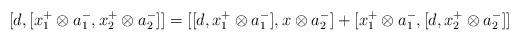
LaTeX: \begin{align*}[d,[x_{1}^{+}\otimes a_{1}^{-},x_{2}^{+}\otimes a_{2}^{-}]]=[[d,x_{1}^{+}\otimes a_{1}^{-}],x\otimes a_{2}^{-}]+[x_{1}^{+}\otimes a_{1}^{-},[d,x_{2}^{+}\otimes a_{2}^{-}]]\end{align*}